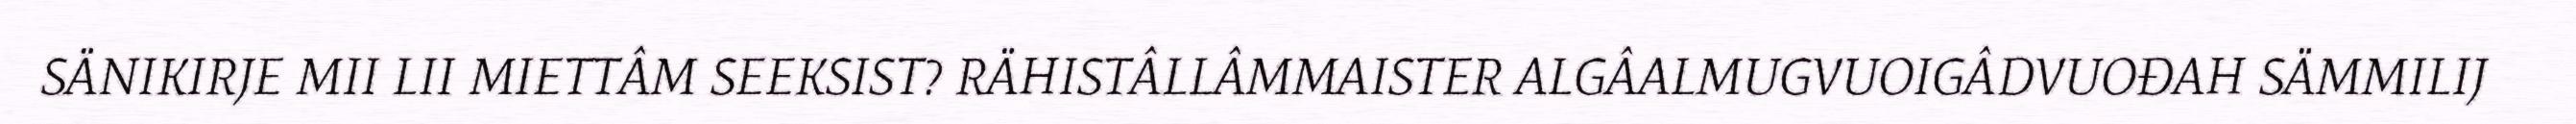
SÄNIKIRJE MII LII MIETTÂM SEEKSIST? RÄHISTÂLLÂMMAISTER ALGÂALMUGVUOIGÂDVUOĐAH SÄMMILIJ